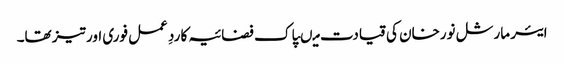
ایئر مارشل نورخان کی قیادت میںپاک فضائیہ کا ردِ عمل فوری اور تیز تھا۔